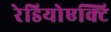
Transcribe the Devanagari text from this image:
रेडियोएक्टि